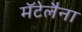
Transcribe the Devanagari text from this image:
मॅटेलैना